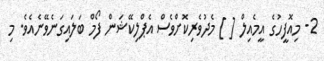
2- މިއޮފީހުގެ އީމެއިލް [ ] މެދުވެރިކޮށްވެސް އެޕްލިކޭޝަން ފޯމް ބަލައިގަނެވޭނެއެވެ. މި